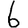
Digit: 6